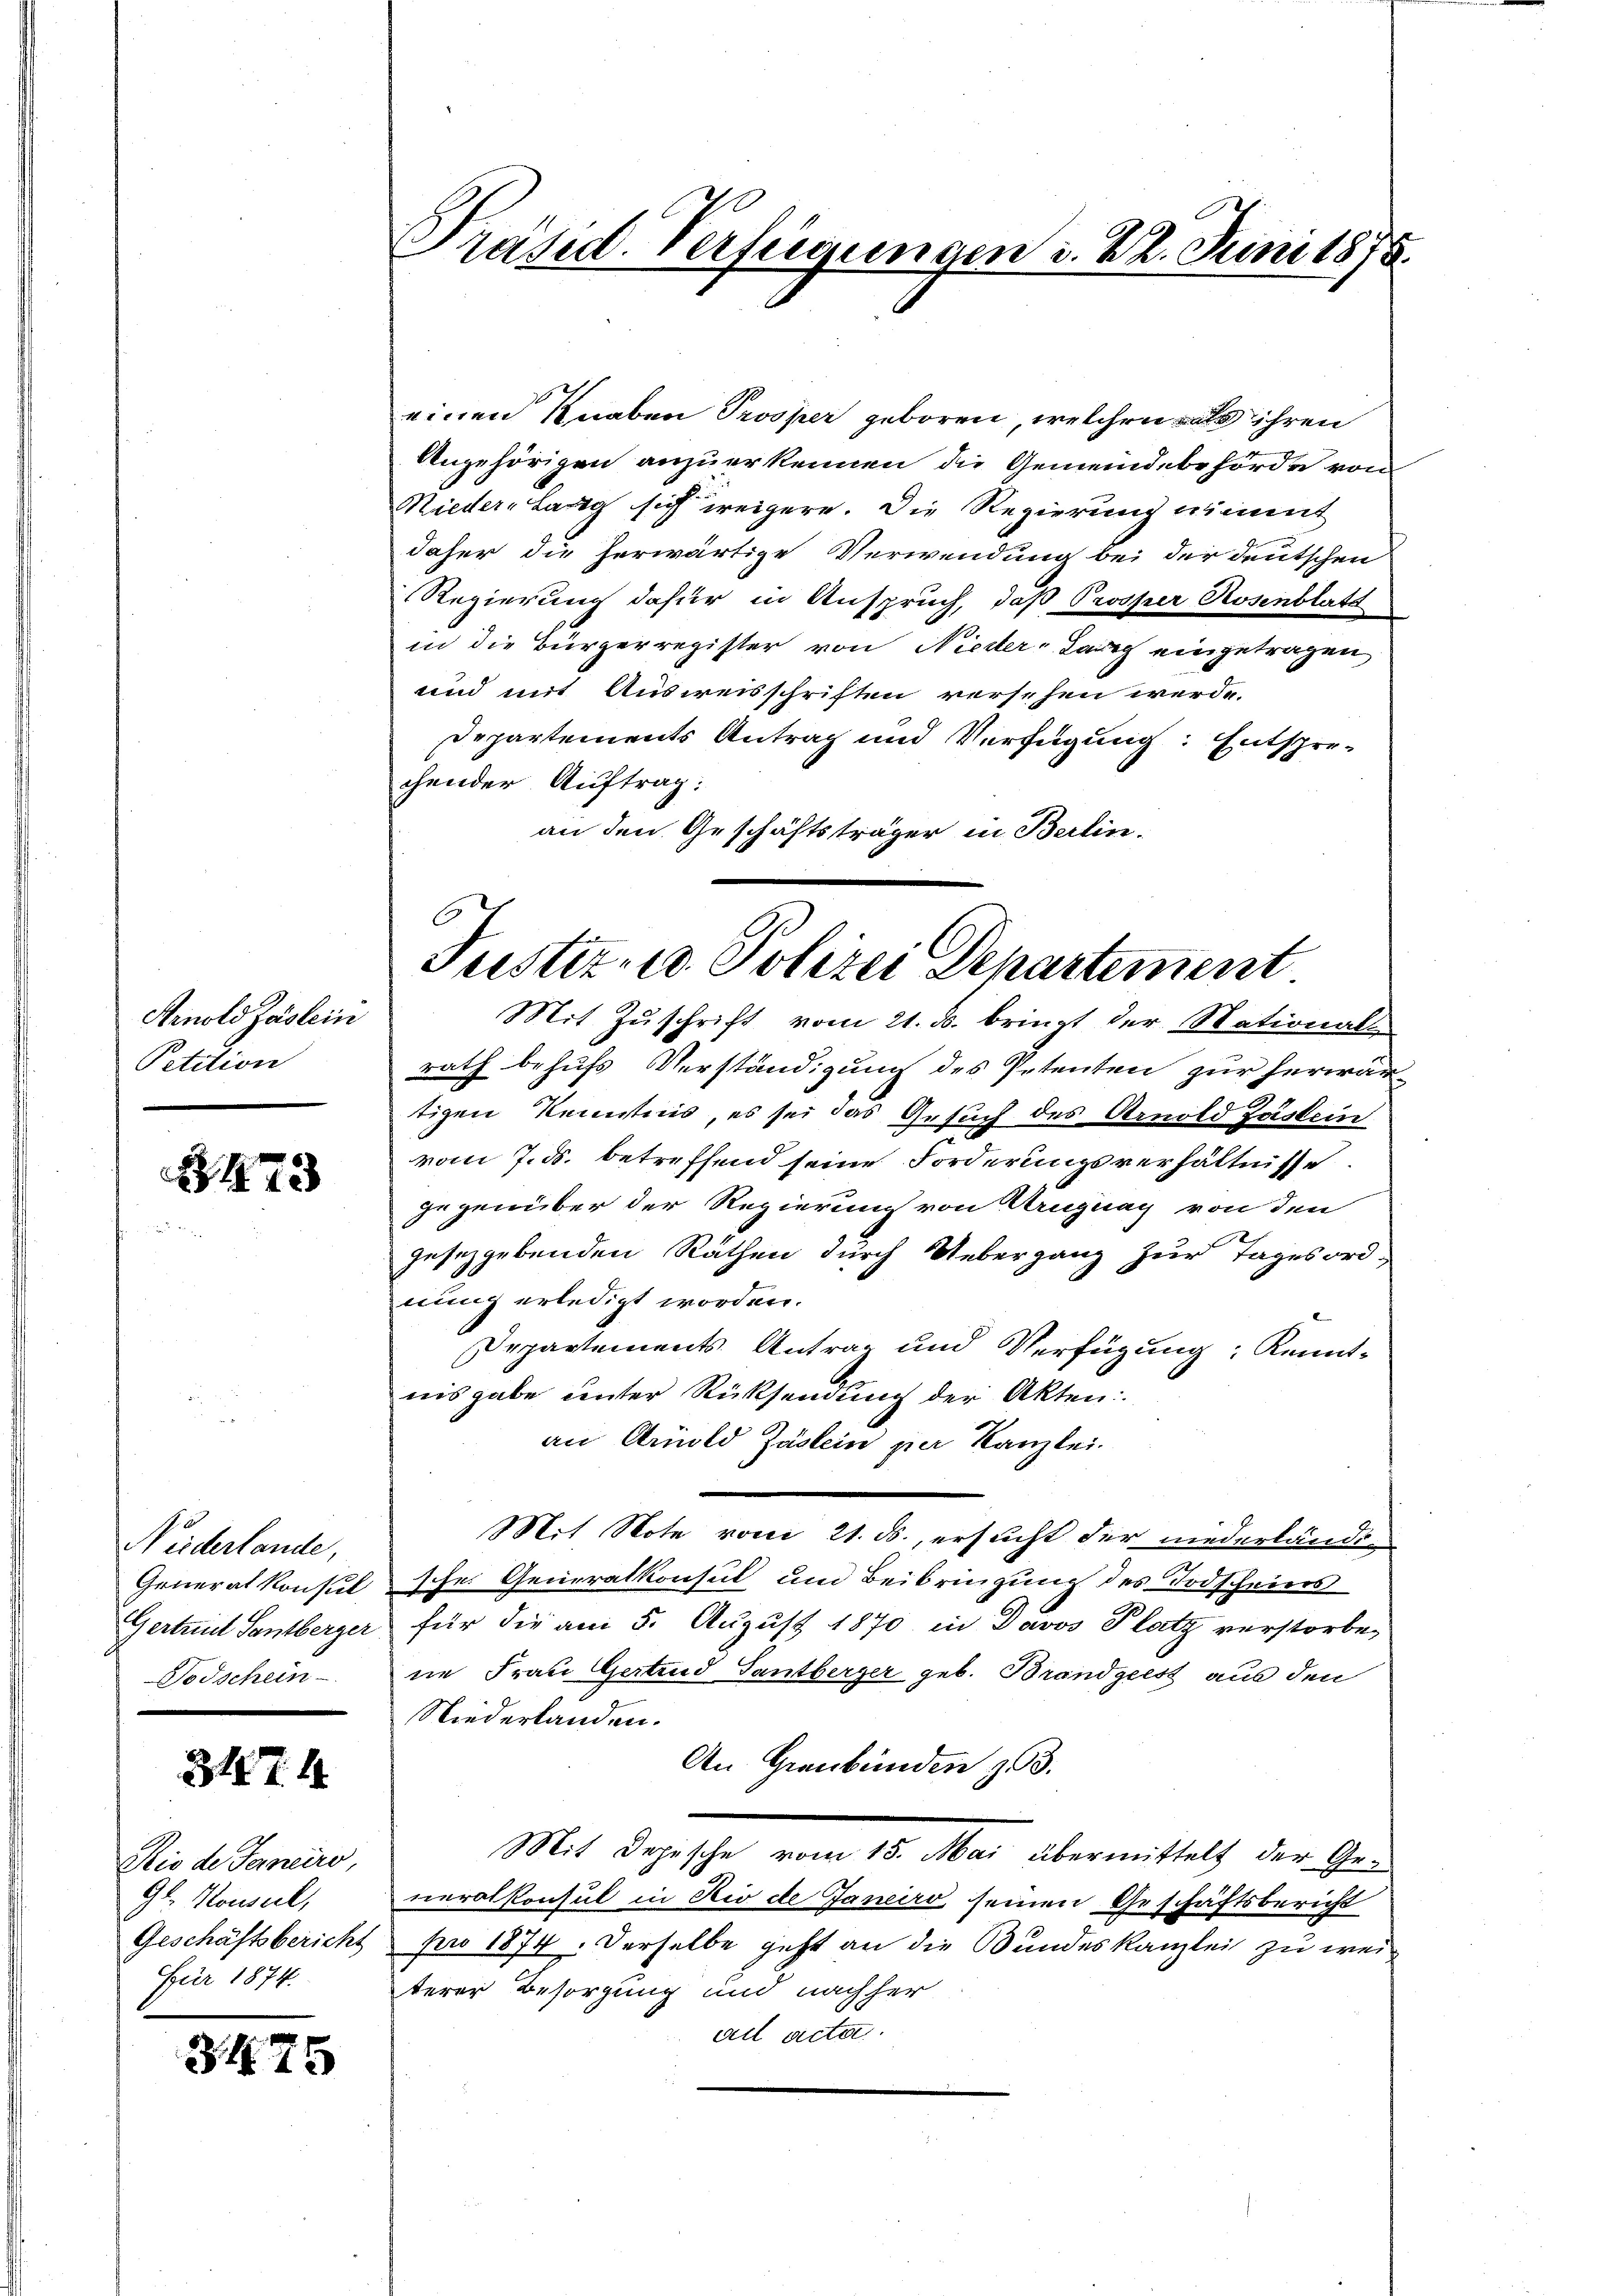
Arnold Zäslein
Petition

3473

Neiderlande,
Generalkonsul
Todschein

317. 11.

Rio de Janeiro,
Gl. Konseil,
Geschäftsbericht
Für 1874.

3. 175

einen Knaben Prosper geboren, welchen als ihren
Angehörigen anzuerkennen die Gemeindebehörde von
Riedern Lang sich weigere. Die Regierung nimmt
daher die herwärtige Verwendung bei der deutschen
Regierung dafür in Anspruch, daß Prosper Rosenblatt
in die Bürgerregister von Nieder-Lauf eingetragen
und mit Ausweisschriften versehen werde.
Departements Antrag und Verfügung: Entspre-
chender Auftrag:
an den Geschäftsträger in Berlin.
C

Präsid. Verfügungen d. 22. Juni 1875.

Justiz- u. Polizei Departement.
Mit Zuschrift vom 21. ds. bringt der National-

rath behufs Verständigung des Petenten zur herwär
tigen Kenntnis, es sei das Gesuch des Arnold Zustein
vom 7. ds. betreffend seine Forderungsverhältnisse
gegenüber der Regierung von Aruguay von den
jusegebenden Räthen durch Uebergang zur Tagesord-
nung erledigt worden.
Departements Antrag und Verfügung Kennt-
nisgabe unter Rücksendung der Akten:
an Arnold Zäslein per Kanzlei.
Mit Note vom 21. ds., ersucht der niederländi¬
2
sche Generalkonsul um Beibringung des Todscheins
Gertrud Santberger für die am 5. August 1870 in Davos Platz verstorbene Frau Gertrud Gantberger geb. Brandgeist aus den
Niederlanden.
An Graubünden z.
Mit Depesche vom 15. Mai übermittelt der Generalkonsul in Rio de Janeiro seinen Geschäftsbericht
pro 1874. Derselbe geht an die Bundeskanzlei zu weiterer Besorgung und nachher
all acta.